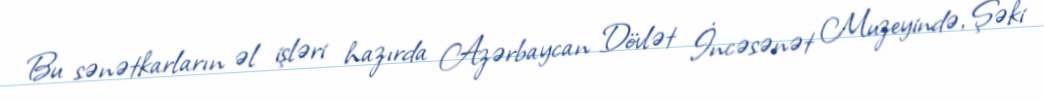
Bu sənətkarların əl işləri hazırda Azərbaycan Dövlət İncəsənət Muzeyində, Şəki